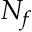
N _ { f }